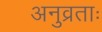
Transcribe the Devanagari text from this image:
अनुव्रताः